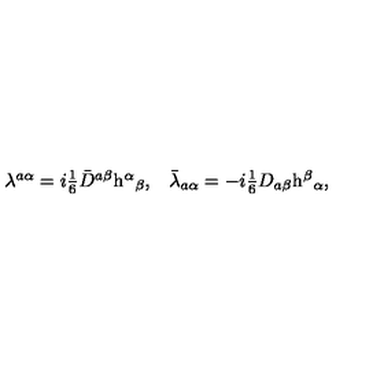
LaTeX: \begin{array} { c c } { \lambda ^ { a \alpha } = i \textstyle { \frac { 1 } { 6 } } \bar { D } ^ { a \beta } \mathrm { h } ^ { \alpha } { } _ { \beta } , } & { \bar { \lambda } _ { a \alpha } = - i \textstyle { \frac { 1 } { 6 } } D _ { a \beta } \mathrm { h } ^ { \beta } { } _ { \alpha } , } \\ \end{array}